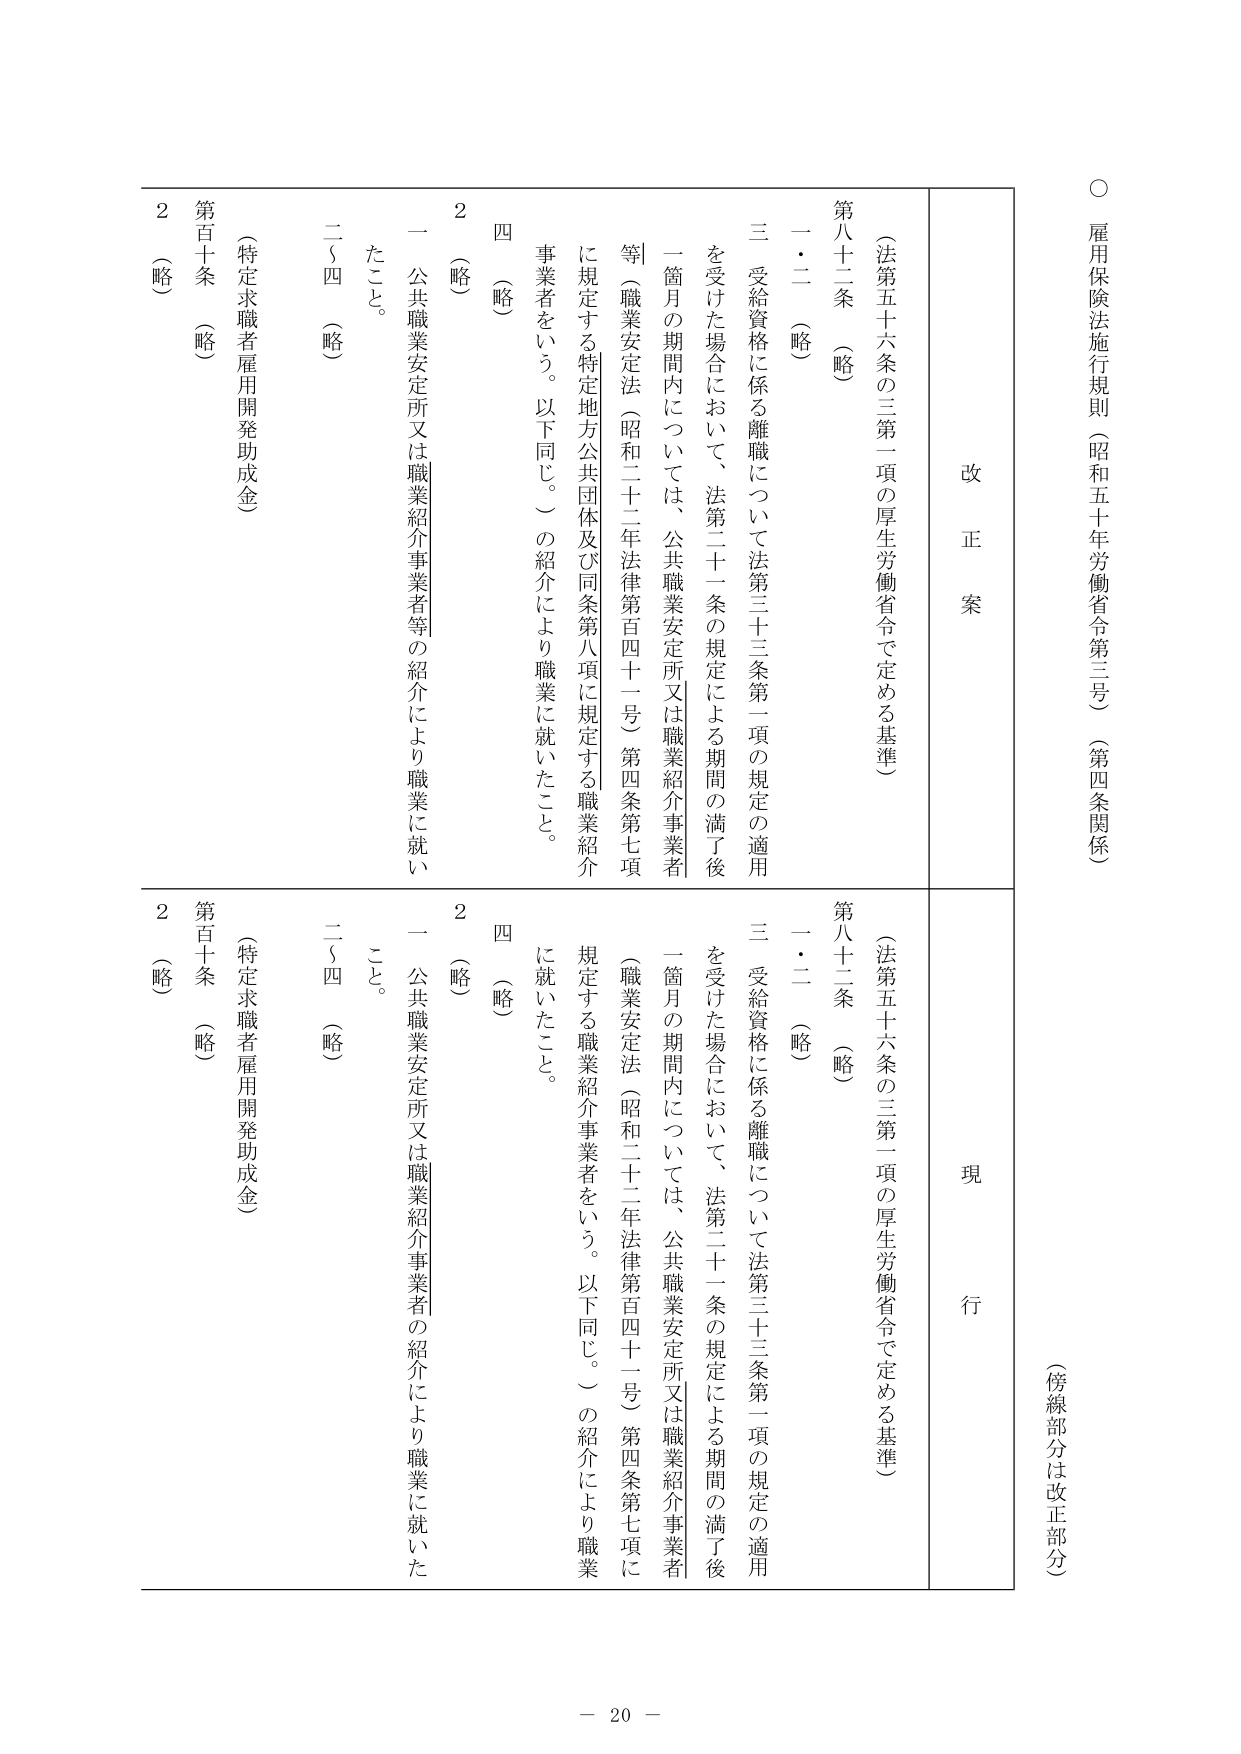
○ 雇用保険法施行規則（昭和五十年労働省令第三号）（第四条関係）

（傍線部分は改正部分）

改正案

（法第五十六条の三第一項の厚生労働省令で定める基準）

第八十二条 （略）

一・二 （略）

三 受給資格に係る離職について法第三十三条第一項の規定の適用を受けた場合において、法第二十一条の規定による期間の満了後一箇月の期間内については、公共職業安定所又は職業紹介事業者等（職業安定法（昭和二十二年法律第百四十一号）第四条第七項に規定する特定地方公共団体及び同条第八項に規定する職業紹介事業者をいう。以下同じ。）の紹介により職業に就いたこと。

四 （略）

2 （略）

二～四 （略）

第百十条 （略）

（特定求職者雇用開発助成金）

2 （略）

現行

（法第五十六条の三第一項の厚生労働省令で定める基準）

第八十二条 （略）

一・二 （略）

三 受給資格に係る離職について法第三十三条第一項の規定の適用を受けた場合において、法第二十一条の規定による期間の満了後一箇月の期間内については、公共職業安定所又は職業紹介事業者（職業安定法（昭和二十二年法律第百四十一号）第四条第七項に規定する職業紹介事業者をいう。以下同じ。）の紹介により職業に就いたこと。

四 （略）

2 （略）

二～四 （略）

第百十条 （略）

（特定求職者雇用開発助成金）

2 （略）

－ 20 －